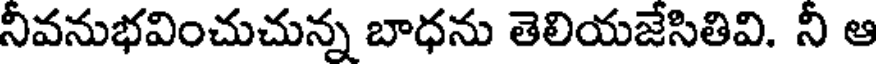
నీవనుభవించుచున్న బాధను తెలియజేసితివి. నీ ఆ